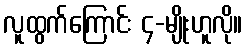
လူထွက်ကြောင်း ၄-မျိုးဟူလို။